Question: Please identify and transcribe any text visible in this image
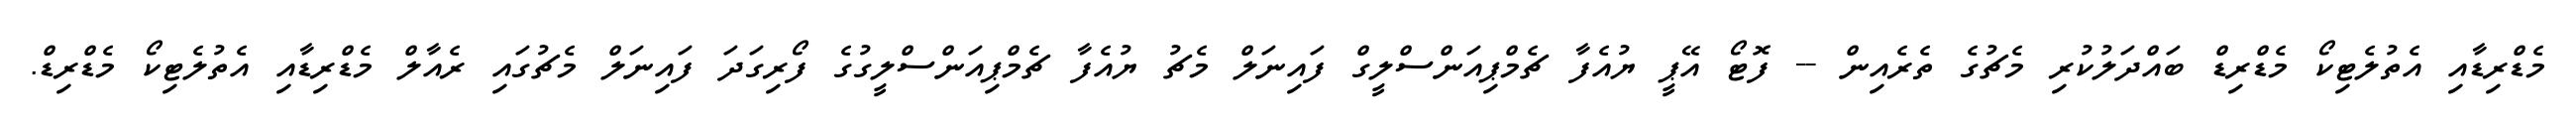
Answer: މެޑްރިޑާއި އެތުލެޓިކޯ މެޑްރިޑް ބައްދަލުކުރި މެޗުގެ ތެރެއިން -- ފޮޓޯ އޭޕީ ޔުއެފާ ޗެމްޕިއަންސްލީގް ފައިނަލް މެޗު ޔުއެފާ ޗެމްޕިއަންސްލީގުގެ ފޯރިގަދަ ފައިނަލް މެޗުގައި ރެއާލް މެޑްރިޑާއި އެތުލެޓިކޯ މެޑްރިޑް.